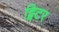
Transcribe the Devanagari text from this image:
ट्विटर